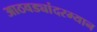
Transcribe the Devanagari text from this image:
आठवड्यांदरम्यान